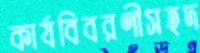
কার্যবিবরণীসহদ